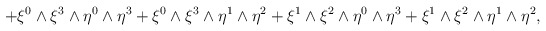
\begin{align*}+\xi^0\wedge\xi^3\wedge\eta^0\wedge\eta^3+\xi^0\wedge\xi^3\wedge\eta^1\wedge\eta^2+\xi^1\wedge\xi^2\wedge\eta^0\wedge\eta^3+\xi^1\wedge\xi^2\wedge\eta^1\wedge\eta^2,\end{align*}